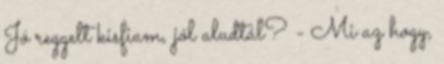
Jó reggelt kisfiam, jól aludtál? - Mi az hogy,